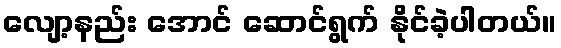
လျော့နည်း အောင် ဆောင်ရွက် နိုင်ခဲ့ပါတယ်။